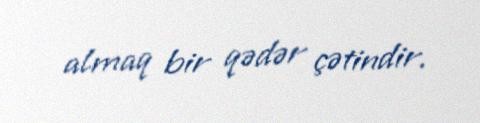
almaq bir qədər çətindir.